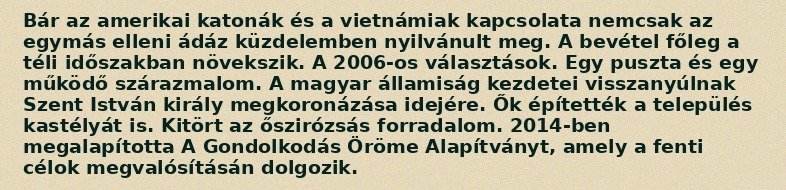
Bár az amerikai katonák és a vietnámiak kapcsolata nemcsak az egymás elleni ádáz küzdelemben nyilvánult meg. A bevétel főleg a téli időszakban növekszik. A 2006-os választások. Egy puszta és egy működő szárazmalom. A magyar államiság kezdetei visszanyúlnak Szent István király megkoronázása idejére. Ők építették a település kastélyát is. Kitört az őszirózsás forradalom. 2014-ben megalapította A Gondolkodás Öröme Alapítványt, amely a fenti célok megvalósításán dolgozik.